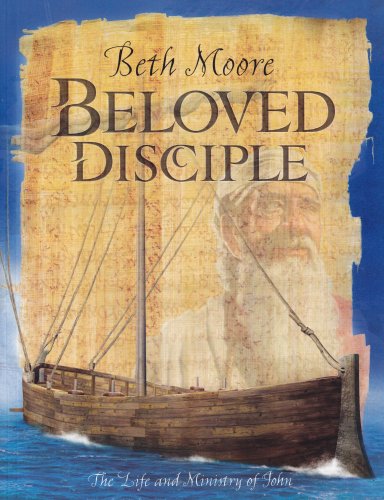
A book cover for Beloved Disciple (Bible Study Book): The Life and Ministry of John; Beth Moore; Christian Books & Bibles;